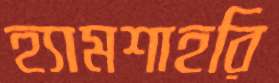
হ্যামশাহরি